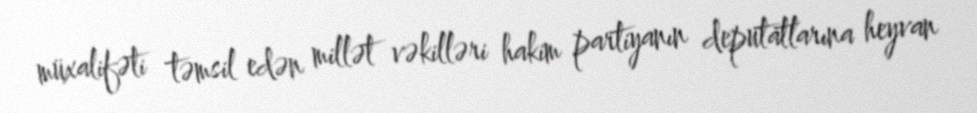
müxalifəti təmsil edən millət vəkilləri hakim partiyanın deputatlarına heyvan